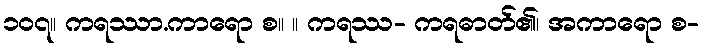
၁၀၇။ ကရဿာ.ကာရော စ။ ။ ကရဿ- ကရဓာတ်၏၊ အကာရော စ-